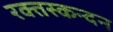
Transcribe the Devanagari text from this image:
रक्तस्कन्दन